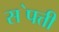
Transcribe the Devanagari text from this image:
स॓पत्ती